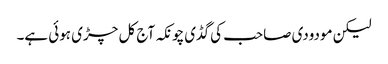
لیکن مودودی صاحب کی گڈی چونکہ آج کل چڑی ہوئی ہے۔